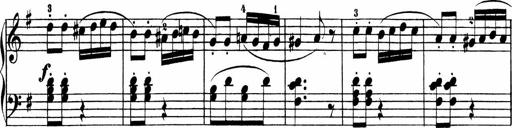
Title: 3 Sonatinen
Composer: Heinrich Lichner